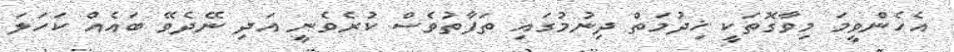
އެހެންވީމަ މިވާގޮތަކީ ޚިދުމަތް ދިނުމުގައި ތަފާތުވެސް ކުރެވެނީ އަދި ނޭދެވޭ ބައެއް ކަހަލަ